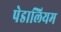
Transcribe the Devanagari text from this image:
पेडालियम